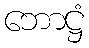
ဘောဋ္ဌံ